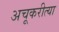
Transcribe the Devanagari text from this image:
अचूकरीत्या